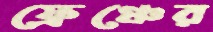
ফ্রেঞ্চের